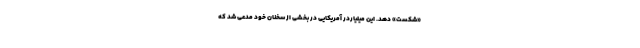
«شکست» دهد. این میلیاردر آمریکایی در بخشی از سخنان خود مدعی شد که